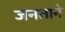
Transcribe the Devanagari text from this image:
जनताने